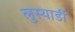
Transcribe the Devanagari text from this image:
लुस्यार्डी